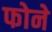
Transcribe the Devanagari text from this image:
फोने